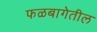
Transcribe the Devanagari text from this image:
फळबागेतील